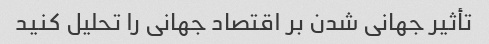
تأثیر جهانی شدن بر اقتصاد جهانی را تحلیل کنید